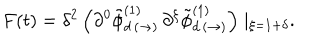
F ( t ) = \delta ^ { 2 } \left( \partial ^ { 0 } \tilde { \phi } _ { d \, ( \rightarrow ) } ^ { ( 1 ) } \, \partial ^ { \xi } \tilde { \phi } _ { d \, ( \rightarrow ) } ^ { ( 1 ) } \right) \mid _ { \xi = 1 + \delta } .